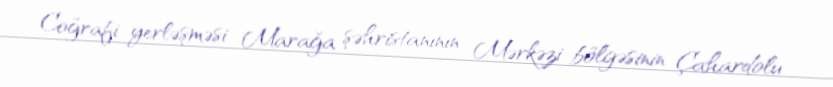
Coğrafi yerləşməsi Marağa şəhristanının Mərkəzi bölgəsinin Çahardolu